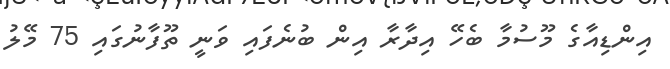
އިންޑިއާގެ މޫސުމާ ބެހޭ އިދާރާ އިން ބުނެފައި ވަނީ ތޫފާނުގައި 75 މޭލު